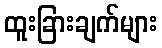
ထူးခြားချက်များ